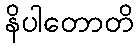
နိပါတောတိ